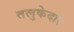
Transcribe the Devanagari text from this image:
तलुकेदार